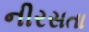
નીરસતા